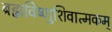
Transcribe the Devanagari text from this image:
ब्रह्मविष्णुशिवात्मकम्